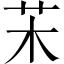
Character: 㭉